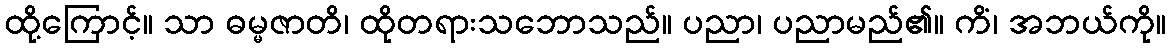
ထို့ကြောင့်။ သာ ဓမ္မဇာတိ၊ ထိုတရားသဘောသည်။ ပညာ၊ ပညာမည်၏။ ကိံ၊ အဘယ်ကို။